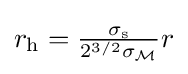
{\textstyle r_{\mathrm {h} }={\frac {\sigma _{\mathrm {s} }}{2^{3/2}\sigma _{\mathcal {M}}}}r}